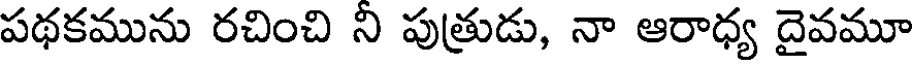
పథకమును రచించి ని పుత్రుడు, నా ఆరాధ్య దైవమూ